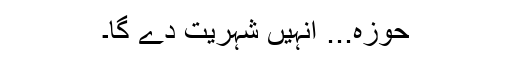
حوزہ... انہیں شہریت دے گا۔